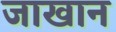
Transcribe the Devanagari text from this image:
जाखान